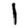
Digit: 1